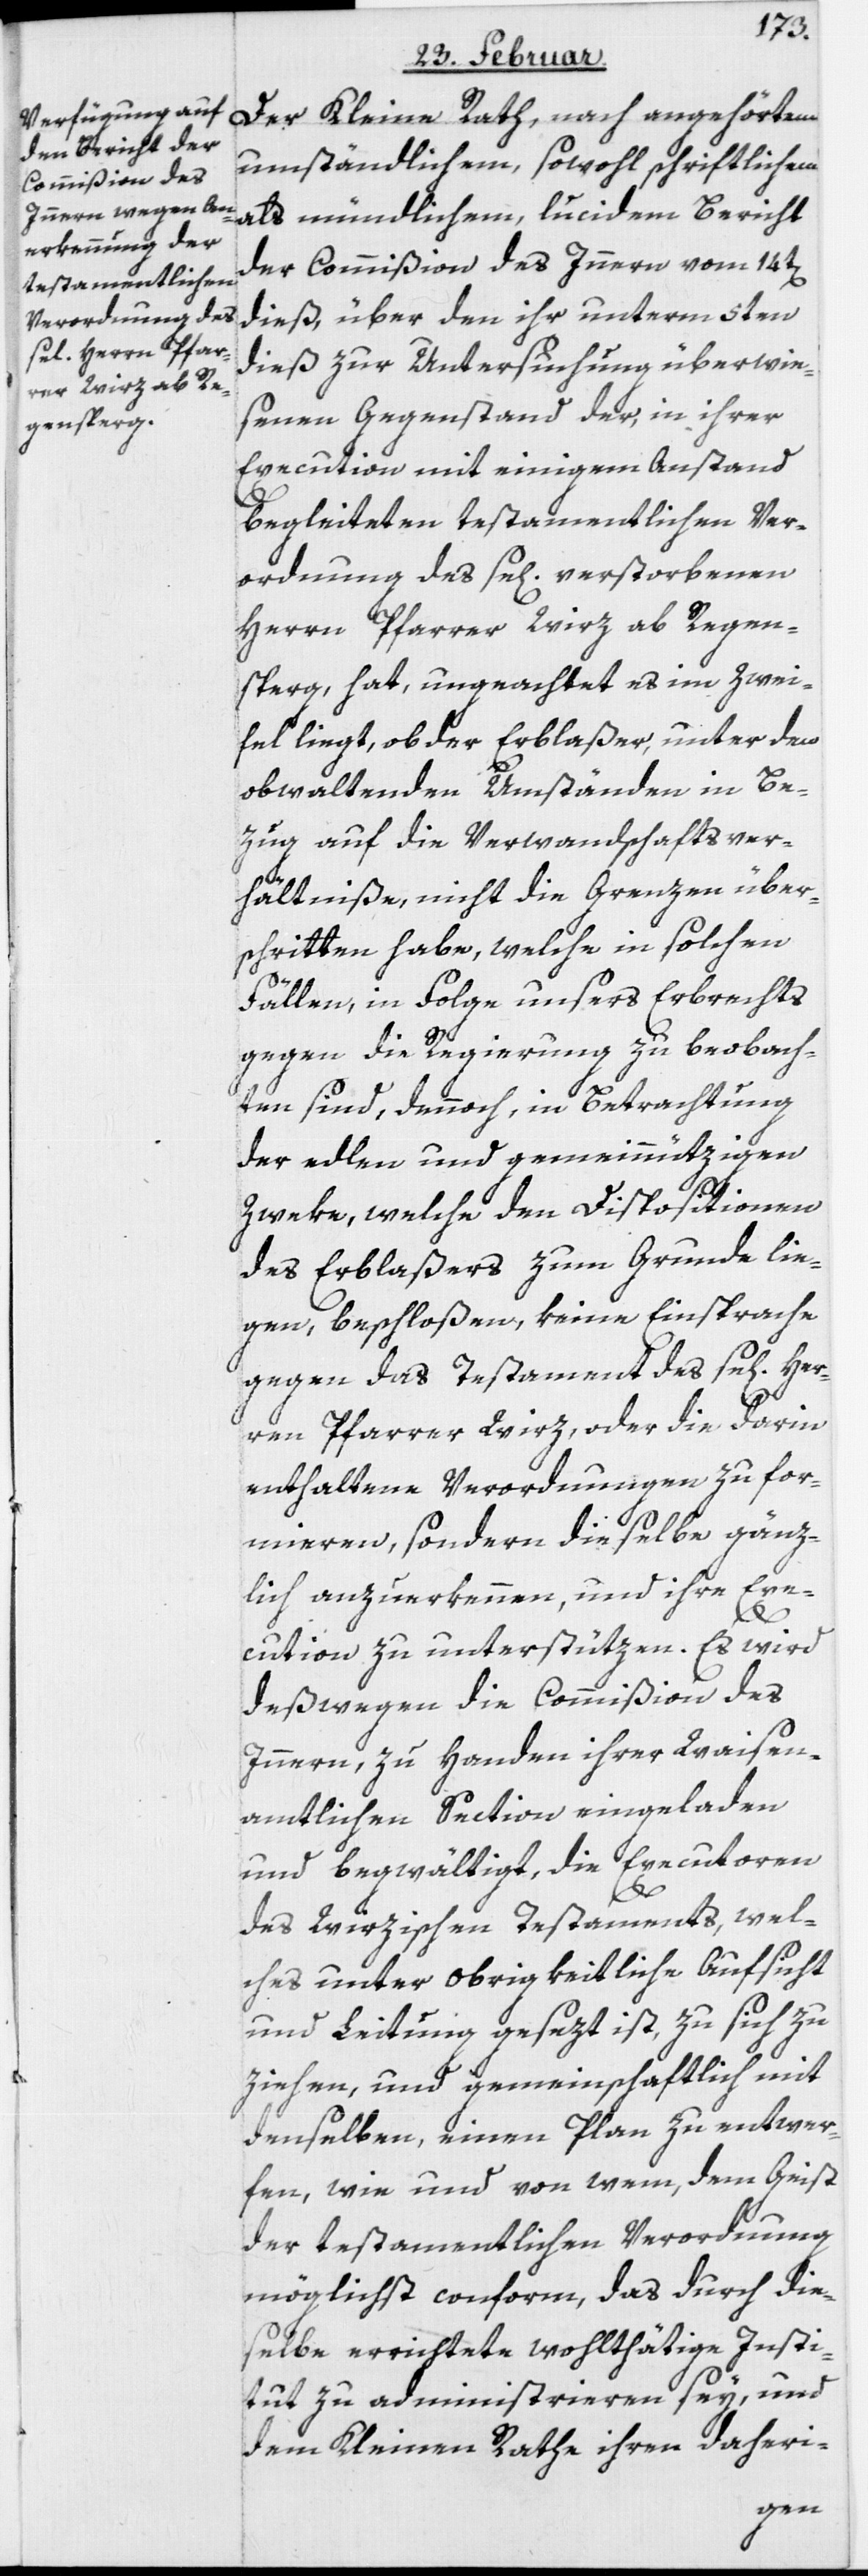
Der Kleine Rath, nach angehörtem
umständlichen, sowohl schriftlichem
als mündlichem, lucidem Bericht
der Commißion des Innern vom 14t[en]
dieß, über den ihr unterm 5ten
dieß zur Untersuchung überwie¬
senen Gegenstand der, in ihrer
Execution mit einigem Anstand
begleiteten testamentlichen Ver¬
ordnung des se[ligen] verstorbenen
Herrn Pfarrer Wirz ab Regen¬
sperg, hat, ungeachtet es im Zwei¬
fel liegt, ob der Erblaßer, unter den
obwaltenden Umständen in Be¬
zug auf die Verwandschaftsver¬
hältniße, nicht die Grenzen über¬
schritten habe, welche in solchen
Fällen, in Folge unsers Erbrechts
gegen die Regierung zu beobach¬
ten sind, dennoch, in Betrachtung
der edlen und gemeinnützigen
Zweke, welche den Dispositionen
des Erblaßers zum Grunde lie¬
gen, beschloßen, keine Einsprache
gegen das Testament des se[ligen]
ren Pfarrer Wirz, oder die darin
enthaltene Verordnungen zu for¬
mieren, sondern dieselbe gänz¬
lich anzuerkennen, und ihre Exe¬
Her¬
cution zu unterstützen. Es wird
deßwegen die Commißion des
Innern, zu Handen ihrer Waisen¬
amtlichen Section eingeladen
und begwältigt, die Executoren
des Wirzischen Testaments, wel¬
ches unter obrigkeitliche Aufsicht
und Leitung gesezt ist, zu sich zu
ziehen, und gemeinschaftlich mit
denselben, einen Plan zu entwer¬
fen, wie und von wem, dem Geist
der testamentlichen Verordnung
möglichst conform, das durch die¬
selbe errichtete wohlthätige Insti¬
tut zu administrieren sey, und
dem Kleinen Rathe ihren daheri-